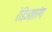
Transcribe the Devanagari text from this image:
रेडिओतरंग